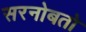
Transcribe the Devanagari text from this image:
सरनोबतो